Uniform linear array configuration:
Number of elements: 24
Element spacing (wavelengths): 1
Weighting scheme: hamming
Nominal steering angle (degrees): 15
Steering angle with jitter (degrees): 16.859
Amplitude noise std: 0.05
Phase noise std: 0.05

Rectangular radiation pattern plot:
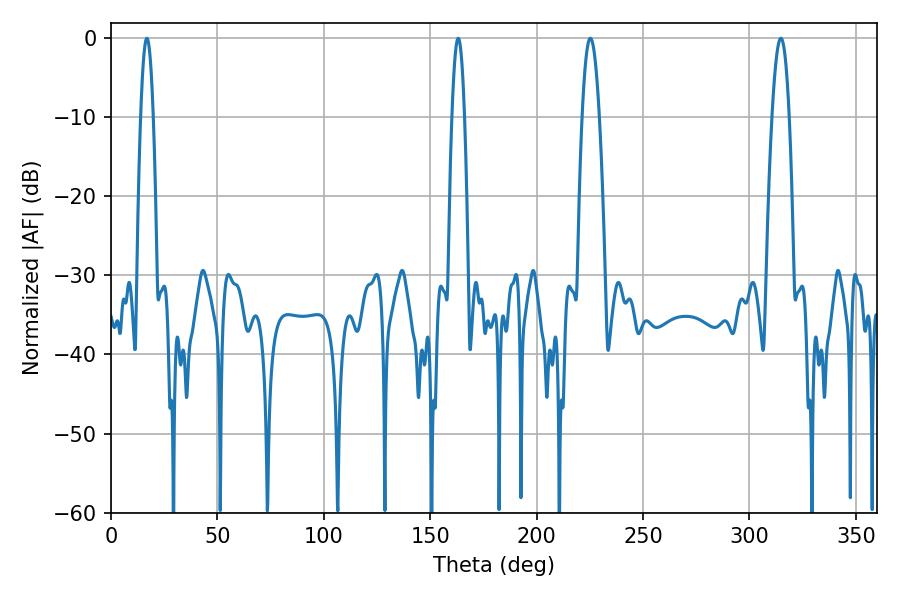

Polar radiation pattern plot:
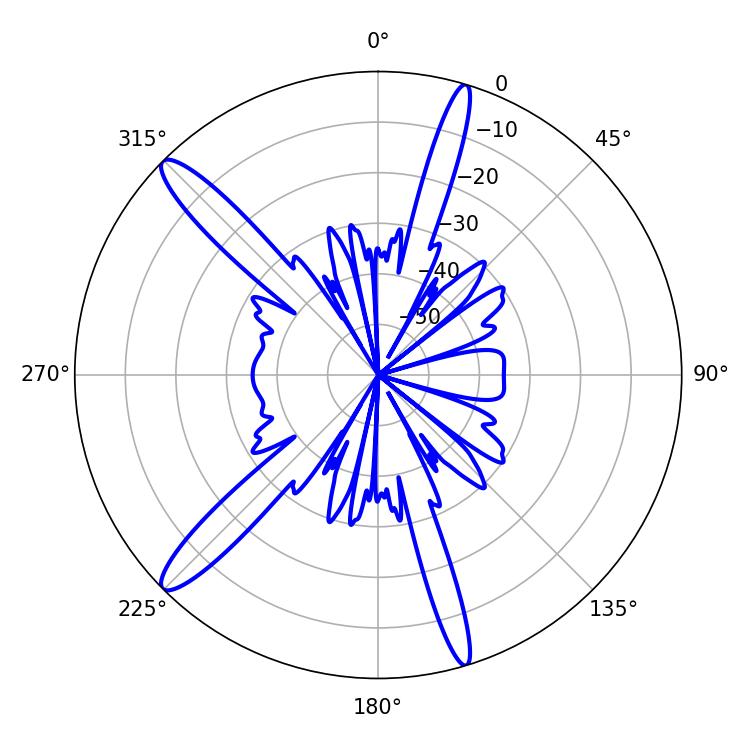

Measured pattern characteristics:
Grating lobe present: TRUE
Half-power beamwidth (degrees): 4.5
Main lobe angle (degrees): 225.18